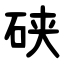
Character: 硖